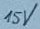
Text: 15V